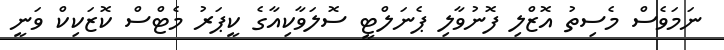
ނަމަވެސް މެސިތު އޮޒްލި ފޮނުވާލި ޕެނަލްޓީ ސޮލަވާކިއާގެ ކީޕަރު މެޓްސް ކޮޒަކިކް ވަނީ